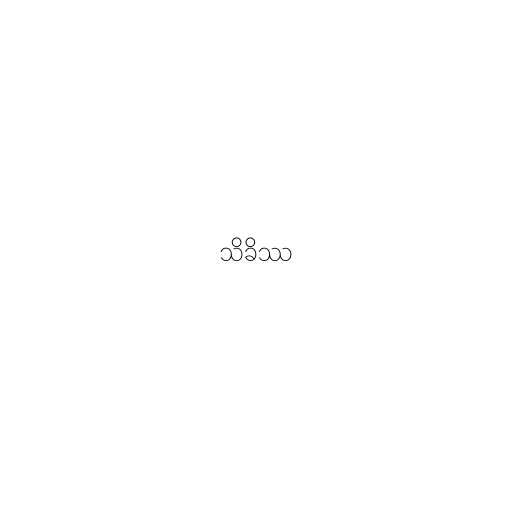
သိခိဿ